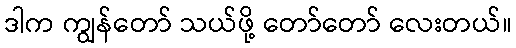
ဒါက ကျွန်တော် သယ်ဖို့ တော်တော် လေးတယ်။